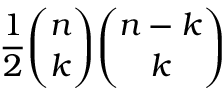
{ \frac { 1 } { 2 } } { \binom { n } { k } } { \binom { n - k } { k } }